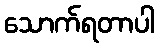
သောက်ရတာပါ